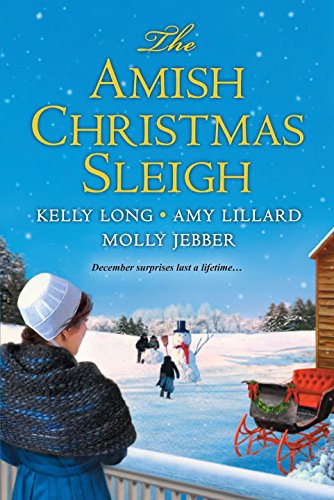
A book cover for The Amish Christmas Sleigh; Kelly Long; Romance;